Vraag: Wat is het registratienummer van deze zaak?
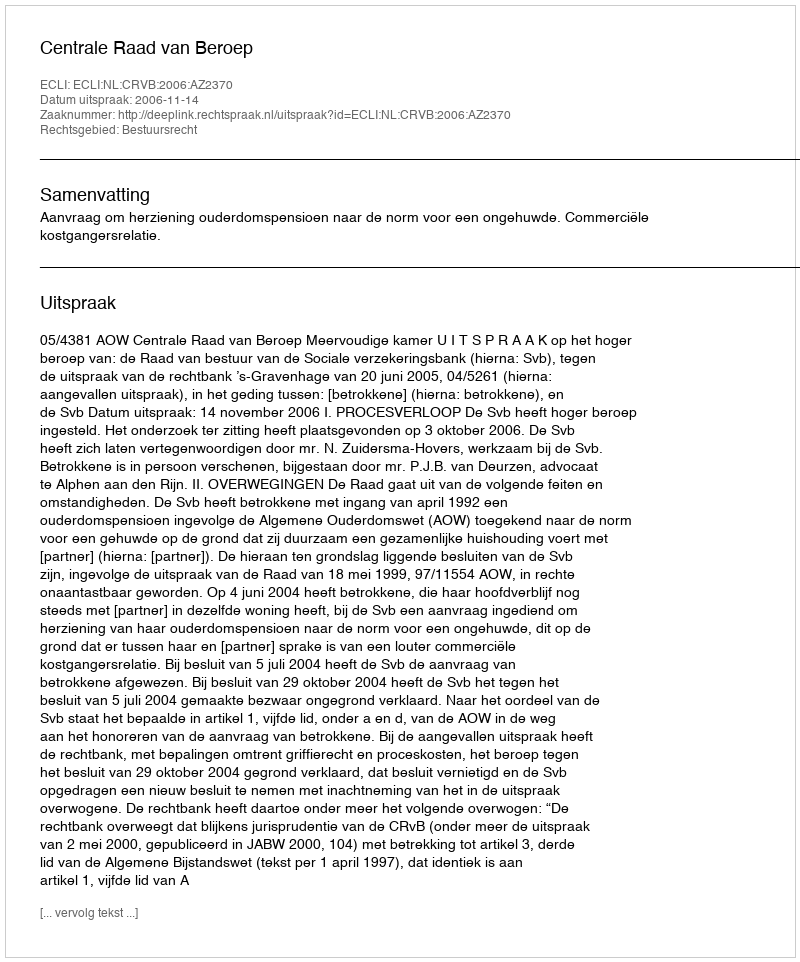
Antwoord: http://deeplink.rechtspraak.nl/uitspraak?id=ECLI:NL:CRVB:2006:AZ2370